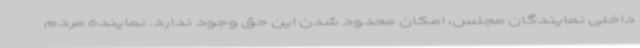
داخلی نمایندگان مجلس، امکان محدود شدن این حق وجود ندارد. نماینده مردم